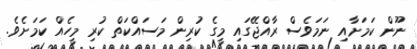
ނޫން ކަމަށާއި ނަމަވެސް ރާއްޖޭގައި މީގެ ކުރިން މަސައްކަތް ކުރި މީހެއް ކަމަށެވެ.